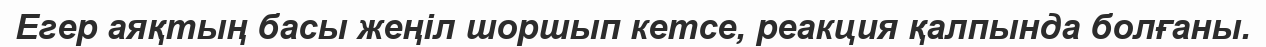
Егер аяқтың басы жеңіл шоршып кетсе, реакция қалпында болғаны.